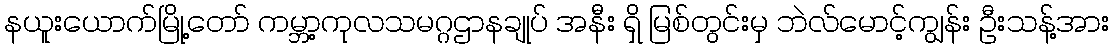
နယူးယောက်မြို့တော် ကမ္ဘာ့ကုလသမဂ္ဂဌာနချုပ် အနီး ရှိ မြစ်တွင်းမှ ဘဲလ်မောင့်ကျွန်း ဦးသန့်အား